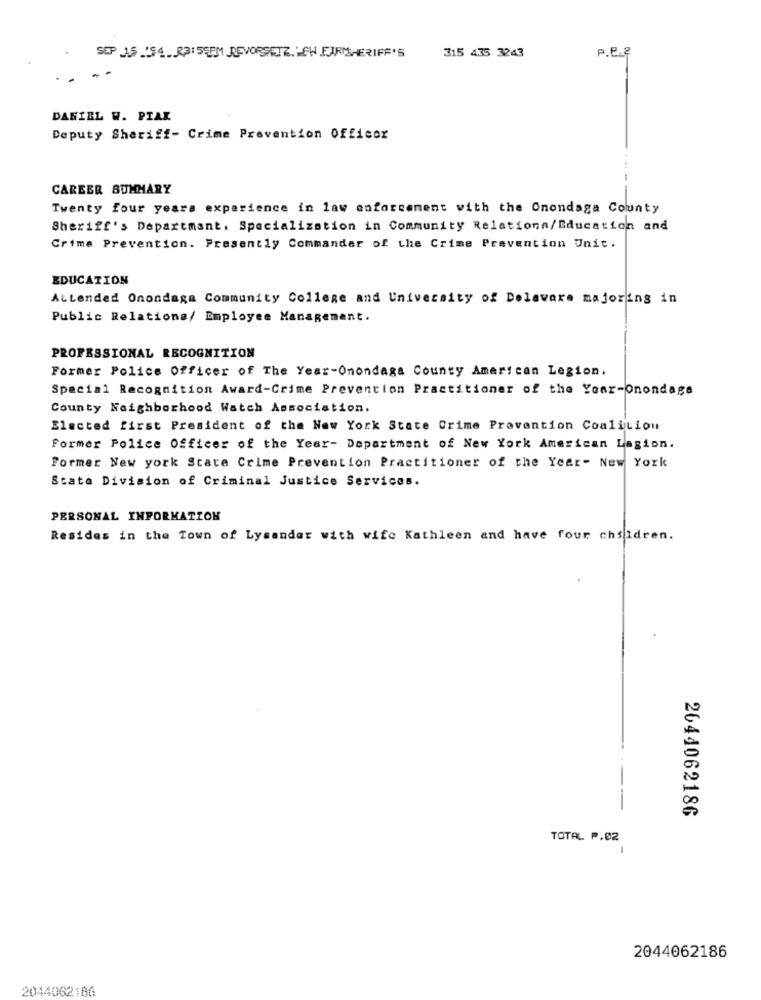
315 435 3243
P.e.8
SEP 1.5 _'S4. R3: 55PM REVORSETZ. EN FARTSHERIFF'S
DANIEL W. PIAK
Deputy Sheriff- Crime Prevention Officor
CAREER SUMMARY
Twenty four years experience in law enforcement with the Onondaga County
Sheriff's Departmant. Specialization in Community Relations/Education and
Crime Prevention. Presently Commander of the Crime Prevention Unit.
EDUCATION
AtLended Onondaga Community College and University of Delaware majoring in
Public Relations/ Employee Management.
PROFESSIONAL RECOGNITION
Former Police Officer of The Year-Onondaga County American Legion.
Special Recognition Award-Crime Prevention Practitioner of the Year-Onondaga
County Neighborhood Watch Association.
Elected first President of the New York State Crime Prevention Coalition
Former Police Officer of the Year- Department of New York American Lagion.
Former New york State Crime Prevention Practitioner of the Year- New York
Stata Division of Criminal Justice Services.
PERSONAL INFORMATION
Resides in the Town of Lysander with wife Kathleen and have four children.
2644062186
TOTAL P.02
2044062186
2044062186